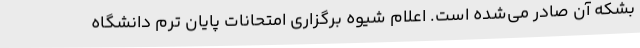
بشکه آن صادر می‌شده است. اعلام شیوه برگزاری امتحانات پایان ترم دانشگاه